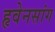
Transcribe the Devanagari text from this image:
हृवेनसांग